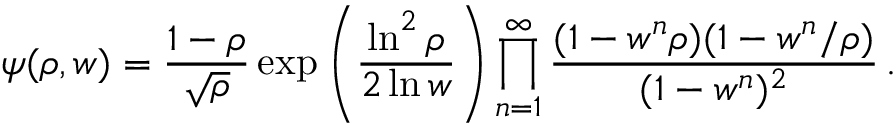
\psi ( \rho , w ) = { \frac { 1 - \rho } { \sqrt \rho } } \exp \left( { \frac { \ln ^ { 2 } \rho } { 2 \ln w } } \right) \prod _ { n = 1 } ^ { \infty } { \frac { ( 1 - w ^ { n } \rho ) ( 1 - w ^ { n } / \rho ) } { ( 1 - w ^ { n } ) ^ { 2 } } } \, .